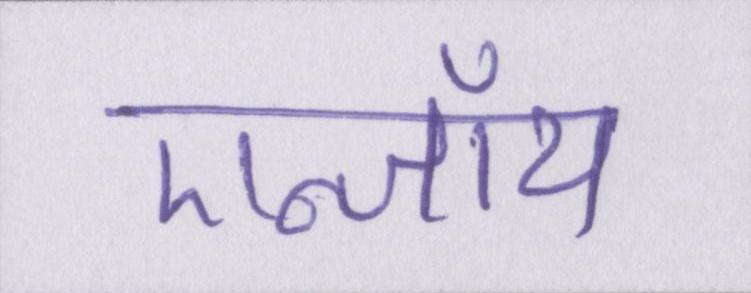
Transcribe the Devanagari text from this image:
एन्जॉय